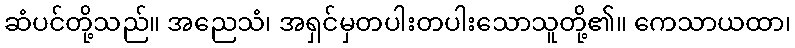
ဆံပင်တို့သည်။ အညေသံ၊ အရှင်မှတပါးတပါးသောသူတို့၏။ ကေသာယထာ၊